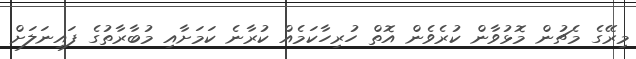
މިރޭގެ މެޗުން މޮޅުވާން ކުރެވެން އޮތް ހުރިހާކަމެއް ކުރާނެ ކަމަށާއި މުބާރާތުގެ ފައިނަލަށް